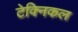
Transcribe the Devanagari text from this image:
टेक्‍िनकल